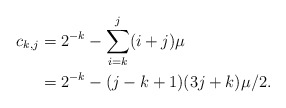
\begin{align*}c_{k,j} &= 2^{-k} - \sum_{i = k}^j (i + j)\mu \\&= 2^{-k} - (j - k +1)(3j + k)\mu/2.\end{align*}